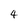
Character: 4